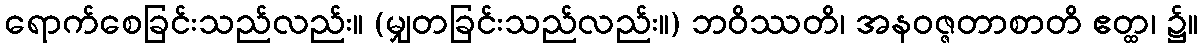
ရောက်စေခြင်းသည်လည်း။ (မျှတခြင်းသည်လည်း။) ဘဝိဿတိ၊ အနဝဇ္ဇတာစာတိ ဧတ္ထ၊ ၌။